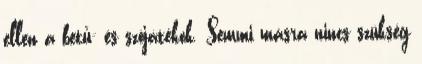
ellen a betű- és szójátékok. Semmi másra nincs szükség